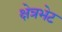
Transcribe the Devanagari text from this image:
क्षेत्रभेट